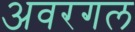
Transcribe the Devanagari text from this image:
अवरगल